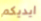
ايديكم